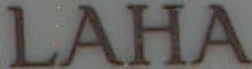
LAHA